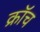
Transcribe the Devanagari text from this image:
क्रॉच